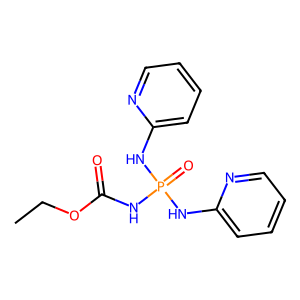
SMILES: CCOC(=O)NP(=O)(Nc1ccccn1)Nc1ccccn1
Inhibits HIV replication: No